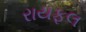
રાયફલ